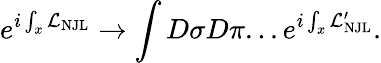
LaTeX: e^{i\int_{x}{\cal L}_{\mathrm{NJL}}}\to\int D\sigma D\pi...e^{i\int_{x}{\cal L}_{\mathrm{NJL}}^{\prime}}.